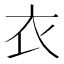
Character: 衣